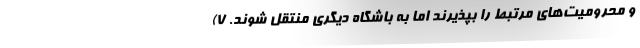
و محرومیت‌های مرتبط را بپذیرند اما به باشگاه دیگری منتقل شوند. ۷)